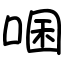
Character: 㖥